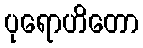
ပုရောဟိတော